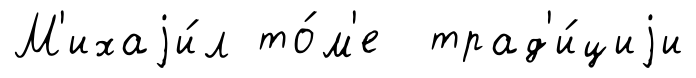
М'ихаjи́л то́м'е трад'и́циjи